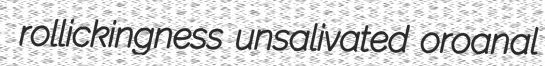
rollickingness unsalivated oroanal